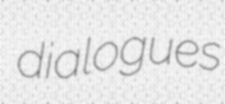
dialogues